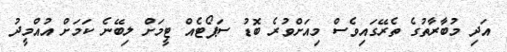
އަދި މުބާރާތުގެ ތެރޭގައިވެސް މިއަށްވުރެ ބޮޑު ސަޕޯޓެއް ޓީމަށް ލިބޭނެ ކަަމަށް އުއްމީދު